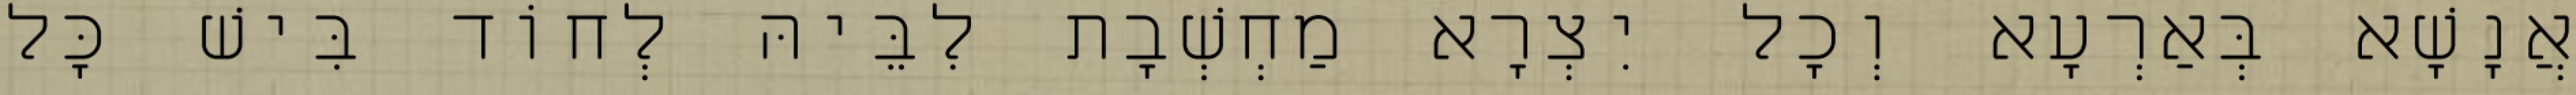
אֲנָשָׁא בְּאַרְעָא וְכָל יִצְרָא מַחְשְׁבָת לִבֵּיהּ לְחוֹד בִּישׁ כָּל